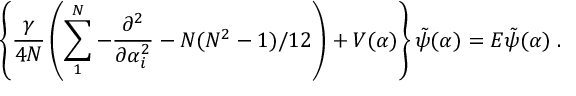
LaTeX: \left\{ \frac { \gamma } { 4 N } \left( \sum _ { 1 } ^ { N } - \frac { \partial ^ { 2 } } { \partial \alpha _ { i } ^ { 2 } } - N ( N ^ { 2 } - 1 ) / 1 2 \right) + V ( \alpha ) \right\} \tilde { \psi } ( \alpha ) = { \cal E } \tilde { \psi } ( \alpha ) \; .